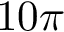
1 0 \pi